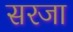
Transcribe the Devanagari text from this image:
सरजा